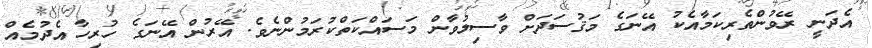
އެދަނީ ރޭވުންތެރިކަމާއެކު އޭނަގެ މަޤުސަދަށް ވާސިލުވާން މަސައްކަތްކުރަމުންނެވެ. އޭރުން އޭނަގެ ހުރިހާ އެދުމެއް